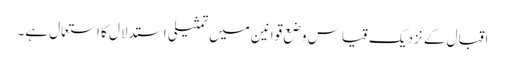
اقبال کے نزدیک قیاس وضع قوانین میں تمثیلی استدلال کا استعمال ہے۔